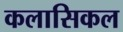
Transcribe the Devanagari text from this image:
कलासिकल